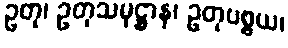
ဥတု၊ ဥတုသမုဋ္ဌာန၊ ဥတုပစ္စယ၊